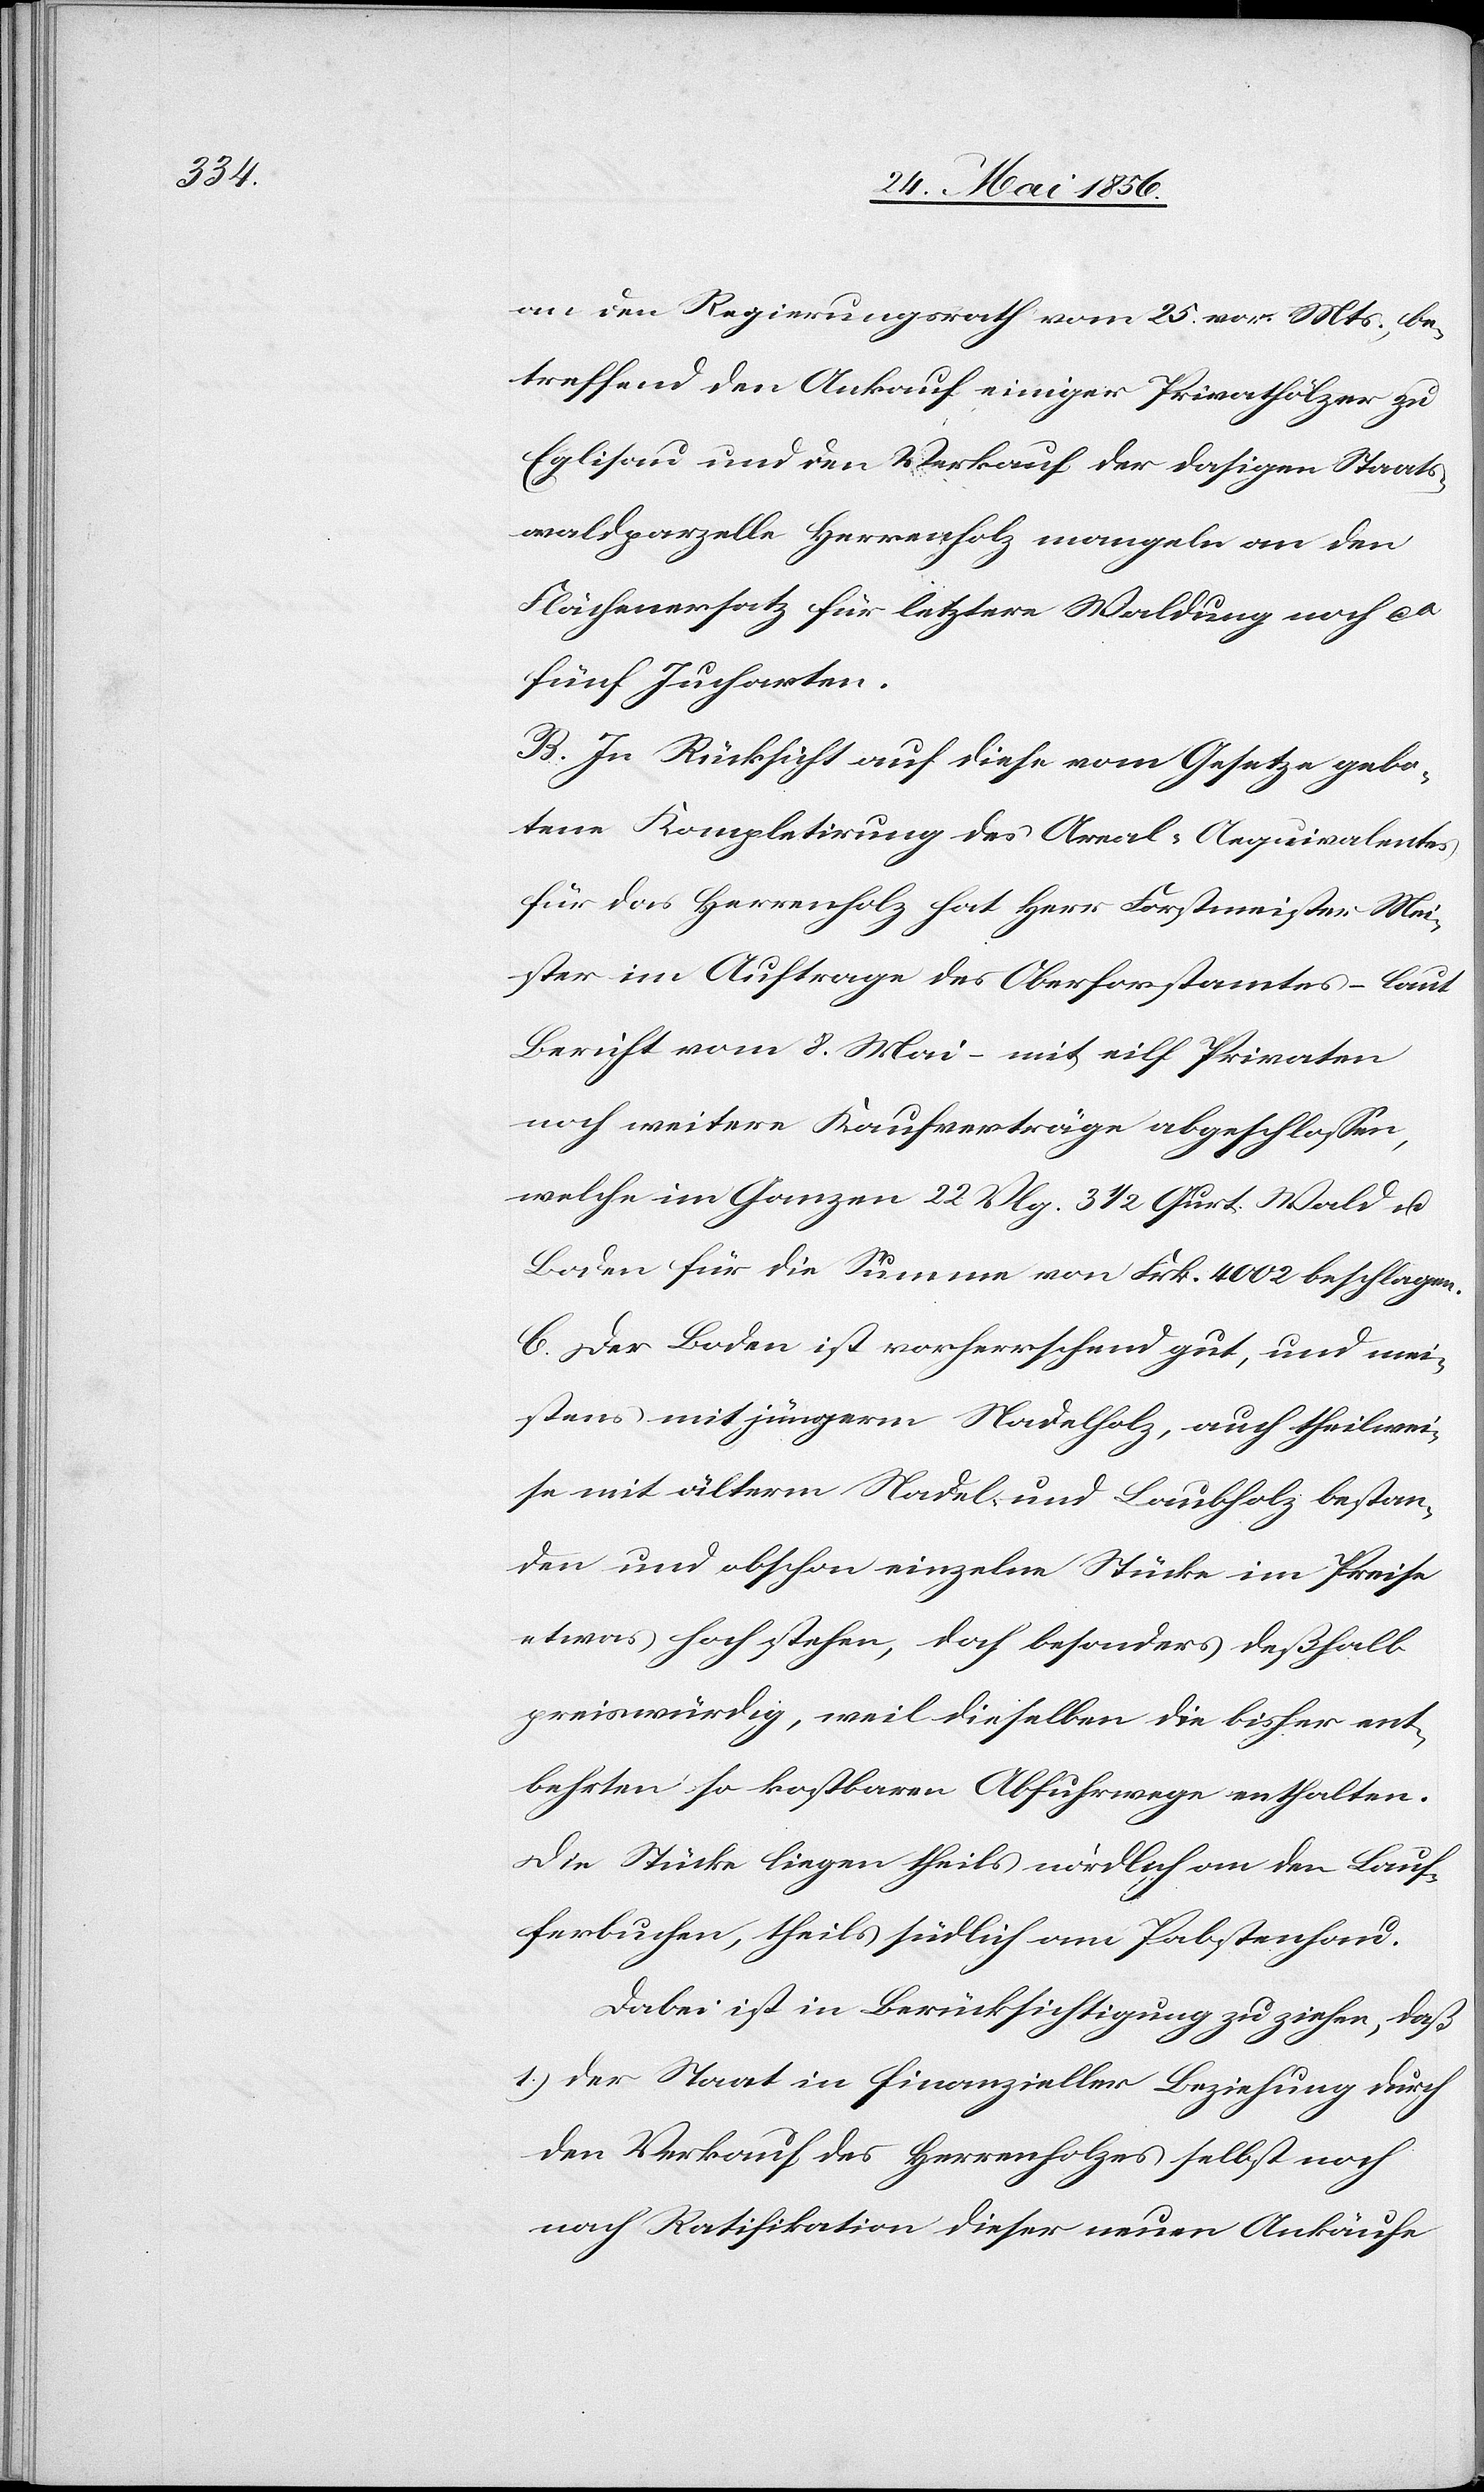
an den Regierungsrath vom 25. vor. Mts., be¬
treffend den Ankauf einiger Privathölzer zu
Eglisau und den Verkauf der dasigen Staats¬
waldparzelle Herrenholz mangeln an den
Flächenersatz für letztere Waldung noch ca
fünf Jucharten.
B. In Rücksicht auf diese vom Gesetze gebo¬
tene Kompletirung des Areal-Aequivalentes
für das Herrenholz hat Herr Forstmeister Mei¬
ster im Auftrage des Oberforstamtes – laut
Bericht vom 8. Mai – mit eilf Privaten
noch weitere Kaufverträge abgeschlossen,
welche im Ganzen 22 Vlg. 3 ½ Qurt. Wald u.
Boden für die Summe von Frk. 4002 beschlagen.
C. Der Boden ist vorherrschend gut, und mei¬
stens mit jüngerm Nadelholz, auch theilwei¬
se mit älterm Nadel- und Laubholz bestan¬
den und obschon einzelne Stücke im Preise
etwas hoch stehen, doch besonders deßhalb
preiswürdig, weil dieselben die bisher ent¬
behrten so kostbaren Abfuhrwege enthalten.
Die Stücke liegen theils nördlich an den Lauf¬
ferbuchen [sic!], theils südlich am Pabstenhau.
Dabei ist in Berücksichtigung zu ziehen, daß
1.) der Staat in finanzieller Beziehung durch
den Verkauf des Herrenholzes selbst noch
nach Ratifikation dieser neuen Ankäufe